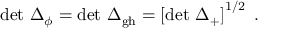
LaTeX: \operatorname * { d e t } \, \Delta _ { \phi } = \operatorname * { d e t } \, \Delta _ { \mathrm { g h } } = \left[ \operatorname * { d e t } \, \Delta _ { + } \right] ^ { 1 / 2 } \ .